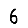
Digit: 6